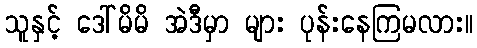
သူနှင့် ဒေါ်မိမိ အဲဒီမှာ များ ပုန်းနေကြမလား။